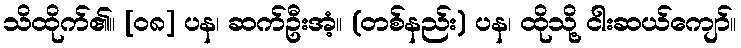
သိထိုက်၏။ [၀၈] ပန၊ ဆက်ဦးအံ့။ (တစ်နည်း) ပန၊ ထိုသို့ ငါးဆယ်ကျော်။